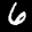
Label: 6